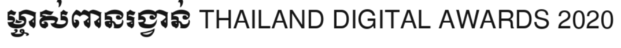
ម្ចាស់ពានរង្វាន់ THAILAND DIGITAL AWARDS 2020